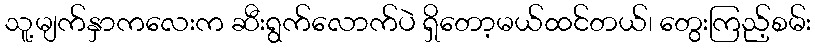
သူ့မျက်နှာကလေးက ဆီးရွက်လောက်ပဲ ရှိတော့မယ်ထင်တယ်၊ တွေးကြည့်စမ်း